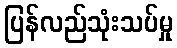
ပြန်လည်သုံးသပ်မှု